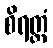
စိရတ္တံ